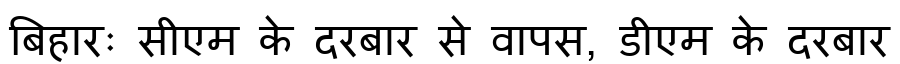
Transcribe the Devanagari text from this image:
बिहारः सीएम के दरबार से वापस, डीएम के दरबार